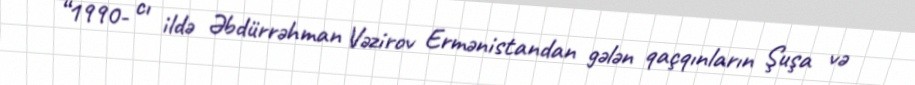
“1990- cı ildə Əbdürrəhman Vəzirov Ermənistandan gələn qaçqınların Şuşa və